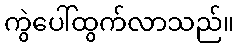
ကွဲပေါ်ထွက်လာသည်။